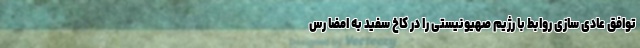
توافق عادی سازی روابط با رژیم صهیونیستی را در کاخ سفید به امضا رس